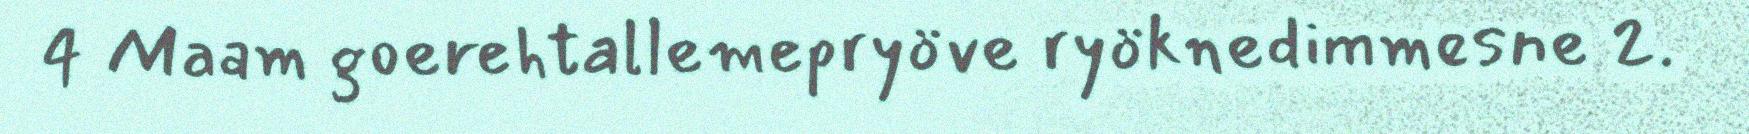
4 Maam goerehtallemepryöve ryöknedimmesne 2.